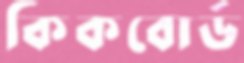
কিকবোর্ড